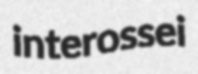
interossei